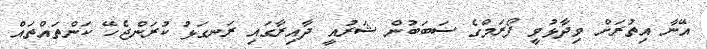
އޭނާ އިތުރަށް ވިދާޅުވީ ފޯރަމްގެ ސަބަބުން ޝަރުއީ ދާއިރާގައި ރަނގަޅު ކުރަންޖެހޭ ކަންތައްތައް